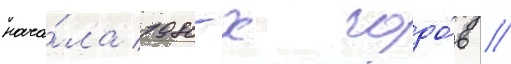
нача́ла 1980-х годо́в //